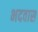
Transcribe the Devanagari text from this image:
भदवास